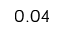
0 . 0 4